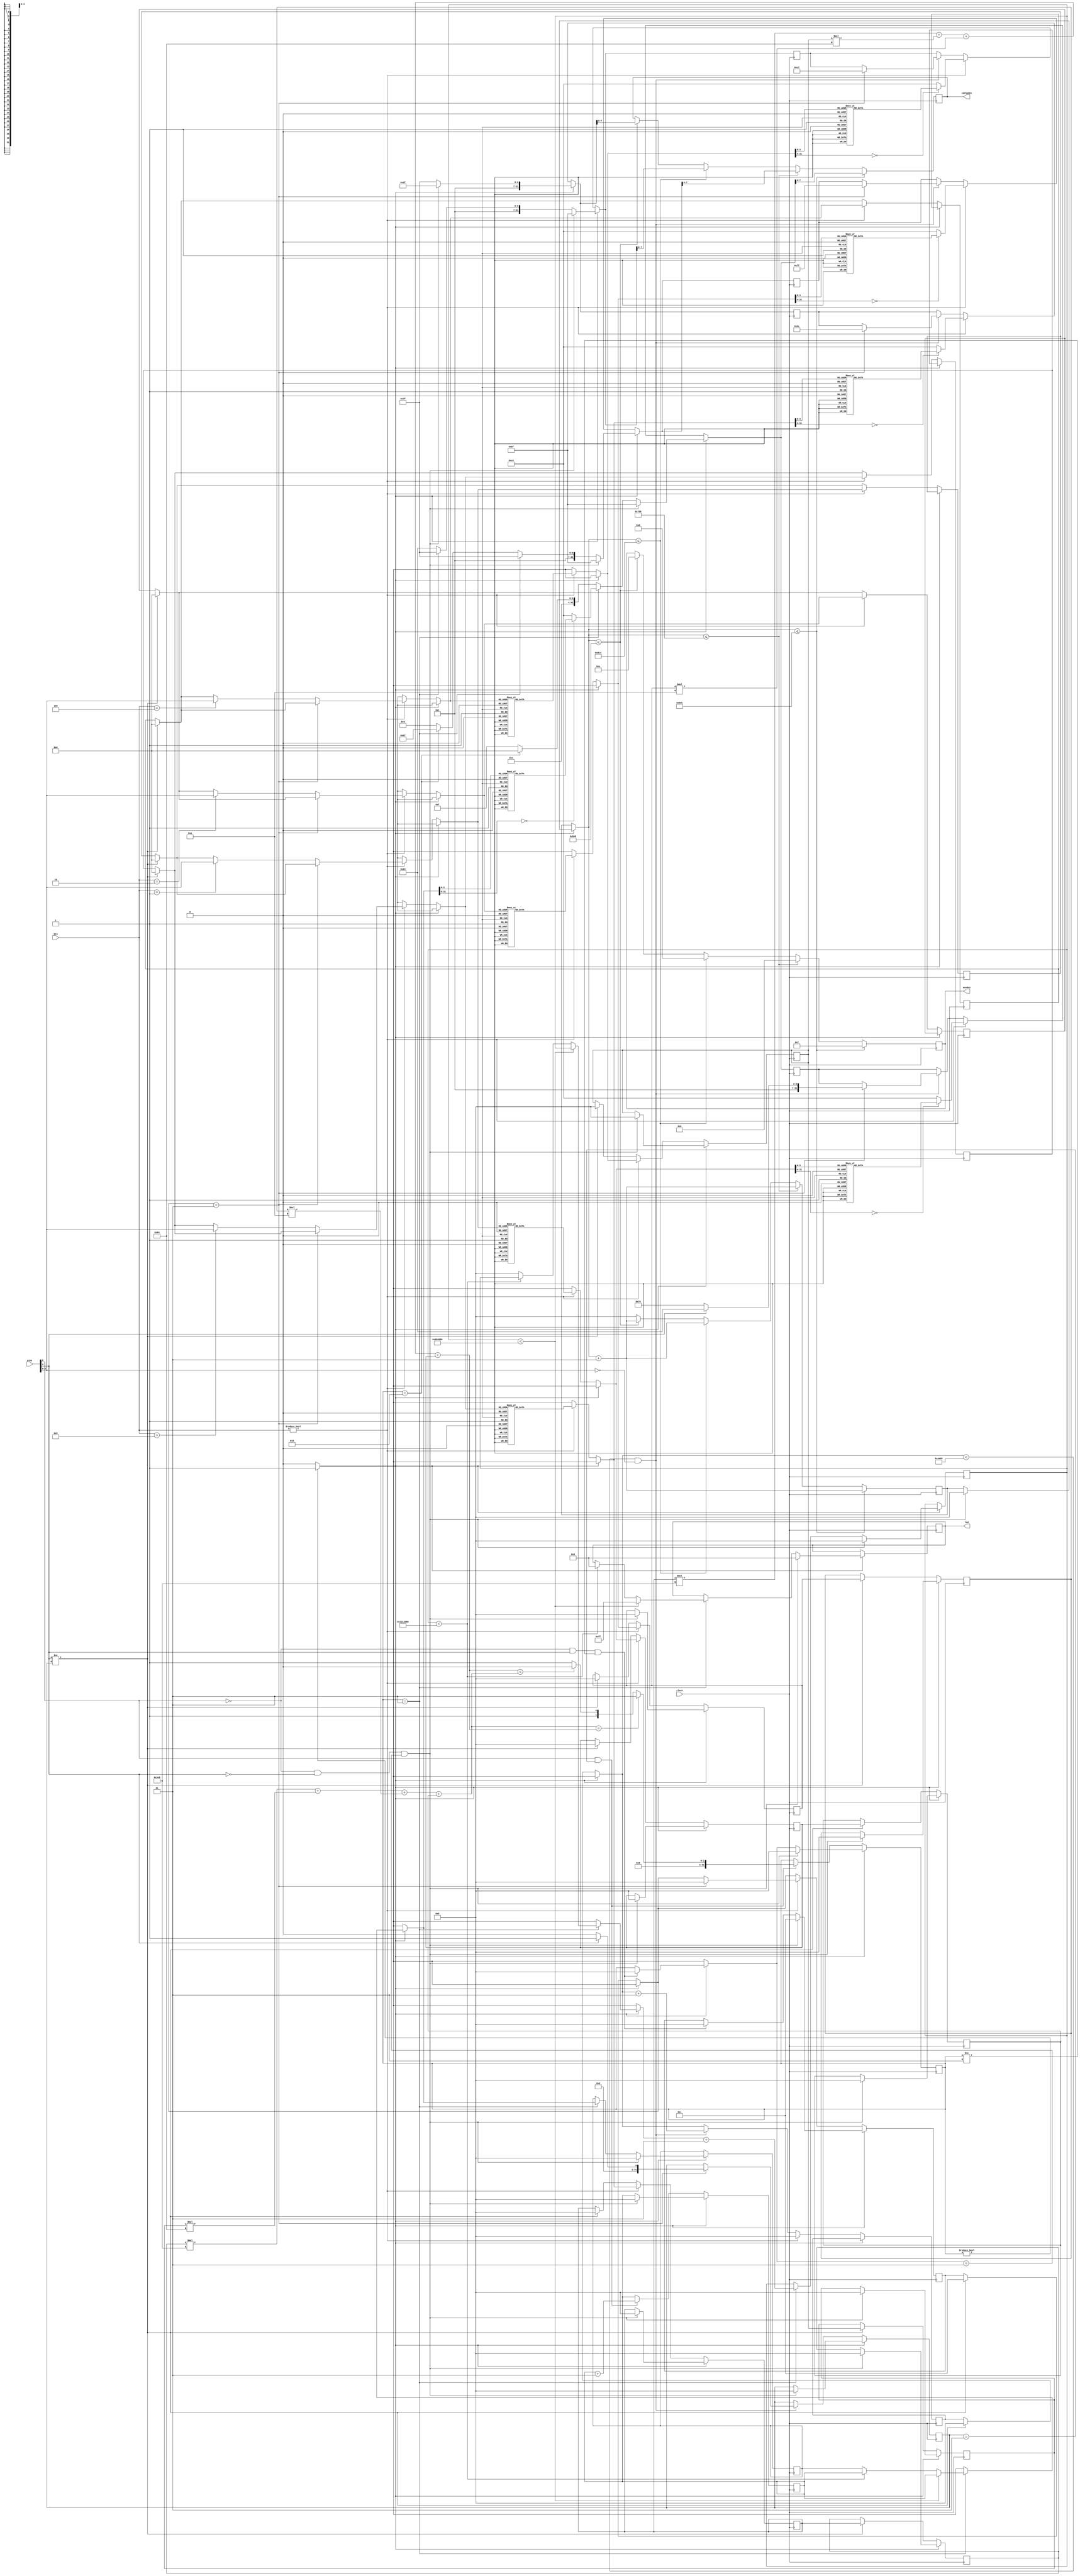
`timescale 1ns / 1ps
//////////////////////////////////////////////////////////////////////////////////
// Company: 	   SUNY Buffalo
// Module Name:    project2
// Project Name:  Guess the Number in Verilog
//////////////////////////////////////////////////////////////////////////////////
module project2(clock, pins, btn, led, cathodes, anodes);
	input  clock;
	input [6:0] pins;
	input [3:0] btn;
   output reg [7:0] led = 8'b00000000;
	output reg [7:0] cathodes;
	output reg [3:0] anodes;
	reg [3:0] sw1;
	reg [3:0] sw2;
	reg [3:0] sw3;
	reg [3:0] sw4;
   integer count = 0;
	integer xvar = 0;
	integer cnt = 0;
	integer contestant = 1'b0;
	integer checkterm = 1'b1;
	integer seg3 = 8'b11111111;
	integer seg2 = 8'b11111111;
	integer seg1 = 8'b11111111;
	integer seg0 = 8'b11111111;
	integer playerone0 = 0;
	integer playerone1 = 0;
	integer playerone2 = 0;
	integer playerone3 = 0;
	integer playertwo0 = 0;
	integer playertwo1 = 0;
	integer playertwo2 = 0;
	integer playertwo3 = 0;
	integer equalcheck = 0;
	integer reset = 0;
	integer tries = 0;
	integer triesflag = 0;
	integer playeroneval;
	integer playertwoval;
		
	always @(posedge clock)
	begin
		if(equalcheck != 0)
		begin
			reset = 1;
		end
		else
		begin
			reset = 0;
		end
		
		if(reset == 1)
		begin
			if(equalcheck == 1)
			begin
				if(xvar < 10000000)
				begin
					led = 8'b11111111;
					triesflag = tries;
				end
				else if(xvar < 20000000)
				begin
					led = 8'b00000000;
					triesflag = tries;
				end
				else
				begin
					xvar = 0;
				end
				xvar = xvar + 1;
				seg3 = 8'b11111111;
				seg2 = 8'b11111111;
				seg1 = 8'b11111111;
	case(triesflag)
		0: seg0 = 8'b11000000;
		1: seg0 = 8'b11111001;
		2: seg0 = 8'b10100100;
		3: seg0 = 8'b10110000;
		4: seg0 = 8'b10011001;
		5: seg0 = 8'b10010010;
		6: seg0 = 8'b10000010;
		7: seg0 = 8'b11111000;
		8: seg0 = 8'b10000000;
		9: seg0 = 8'b10010000;
	  10: seg0 = 8'b10001000;
	  11: seg0 = 8'b10000011;
	  12: seg0 = 8'b11000110;
	  13: seg0 = 8'b10100001;
	  14: seg0 = 8'b10000110;
	  15: seg0 = 8'b10001110;
	  default: seg0 = 8'b11000000;
	endcase
	end
			else if(equalcheck == 2)
			begin
				seg3 = 8'b11111111;
				seg2 = 8'b10100100;
				seg1 = 8'b11000111;
				seg0 = 8'b11000000;
			end
			else
			begin
				seg3 = 8'b11111111;
				seg2 = 8'b10100100;
				seg1 = 8'b10001001;
				seg0 = 8'b11001111;
			end
			
			if(pins[5] == 0 && pins[4] == 1 && equalcheck != 1)
			begin
				checkterm = 0;
				equalcheck = 0;
			end
			
			if(pins[5] == 0 && pins[4] == 0 && equalcheck == 1)
			begin
				checkterm = 1;
				equalcheck = 0;
				count = 0;
				xvar = 0;
				contestant = 0;
				led = 0;
				tries = 0;
				triesflag = 0;
				seg0 = 8'b10111111;
				seg1 = 8'b10111111;
				seg2 = 8'b10111111;
				seg3 = 8'b10111111;
				playerone0 = 0;
				playerone1 = 0;
				playerone2 = 0;
				playerone3 = 0;
				playertwo0 = 0;
				playertwo1 = 0;
				playertwo2 = 0;
				playertwo3 = 0;
			end
		end
		else   
		begin
			if(pins[5] == 1 && contestant == 1)
			begin
	playeroneval = playerone3*1000+playerone2*100+playerone1*10+playerone0;
	playertwoval = playertwo3*1000+playertwo2*100+playertwo1*10+playertwo0;
	
				if(playeroneval==playertwoval)
				begin
					equalcheck = 1;
					tries = tries + 1;
				end
				else 
				if(playertwoval<playeroneval)
				begin
					equalcheck = 2;
					tries = tries + 1;
				end
				else
				begin
					equalcheck = 3;
					tries = tries + 1;
				end
			end	
			
			if(pins[4] != contestant)
			begin
				playerone0 = playertwo0;
				playerone1 = playertwo1;
				playerone2 = playertwo2;
				playerone3 = playertwo3;
				
				playertwo0 = 0;
				playertwo1 = 0;
				playertwo2 = 0;
				playertwo3 = 0;
				sw1=4'b0000;
				sw2=4'b0000;
				sw3=4'b0000;
				sw4=4'b0000;
				checkterm = 1;
				cnt = 0;
			end
			
			if (cnt < 15000 && pins[3:0] == 0)
			begin
			
			if(checkterm == 1)
			begin
				seg3 = 8'b10001100;
				seg2 = 8'b11000111;
				seg1 = 8'b11111111;
				
				if(pins[4] == 1'b0)
				begin
					contestant = 0;
					seg0 = 8'b11111001;
				end
				else
				begin
					contestant = 1;
					seg0 = 8'b10100100;
					
				end
			 end
				cnt = cnt + 1;
		end
		if(btn != 4'b0000)
			begin
				if(checkterm == 1)
				begin
					checkterm = 0;
					seg0 = 8'b11000000;
					seg1 = 8'b11000000;
					seg2 = 8'b11000000;
					seg3 = 8'b11000000;
				end
				else
				begin		         
				case (btn)
					4'b0001: sw1 = pins[3:0];
					4'b0010: sw2 = pins[3:0];
					4'b0100: sw3 = pins[3:0];
					4'b1000: sw4 = pins[3:0]; 
				endcase
     end						
   case(sw1)
   4'b0000 : playertwo0 = 0; //to display 0
   4'b0001 : playertwo0 = 1; //to display 1
   4'b0010 : playertwo0 = 2; //to display 2
   4'b0011 : playertwo0 = 3; //to display 3
   4'b0100 : playertwo0 = 4; //to display 4
   4'b0101 : playertwo0 = 5; //to display 5
   4'b0110 : playertwo0 = 6; //to display 6
   4'b0111 : playertwo0 = 7; //to display 7
   4'b1000 : playertwo0 = 8; //to display 8
   4'b1001 : playertwo0 = 9; //to display 9
   4'b1010 : playertwo0 = 10; //to display A
   4'b1011 : playertwo0 = 11; //to display B
   4'b1100 : playertwo0 = 12; //to display C
   4'b1101 : playertwo0 = 13; //to display D
   4'b1110 : playertwo0 = 14; //to display E
   4'b1111 : playertwo0 = 15; //to display F
   endcase
				
   case(sw2)
   4'b0000 : playertwo1 = 0; //to display 0
   4'b0001 : playertwo1 = 1; //to display 1
   4'b0010 : playertwo1 = 2; //to display 2
   4'b0011 : playertwo1 = 3; //to display 3
   4'b0100 : playertwo1 = 4; //to display 4
   4'b0101 : playertwo1 = 5; //to display 5
   4'b0110 : playertwo1 = 6; //to display 6
   4'b0111 : playertwo1 = 7; //to display 7
   4'b1000 : playertwo1 = 8; //to display 8
   4'b1001 : playertwo1 = 9; //to display 9
   4'b1010 : playertwo1 = 10; //to display A
   4'b1011 : playertwo1 = 11; //to display B
   4'b1100 : playertwo1 = 12; //to display C
   4'b1101 : playertwo1 = 13; //to display D
   4'b1110 : playertwo1 = 14; //to display E
   4'b1111 : playertwo1 = 15; //to display F
   endcase
				
   case(sw3)
   4'b0000 : playertwo2 = 0; //to display 0
   4'b0001 : playertwo2 = 1; //to display 1
   4'b0010 : playertwo2 = 2; //to display 2
   4'b0011 : playertwo2 = 3; //to display 3
   4'b0100 : playertwo2 = 4; //to display 4
   4'b0101 : playertwo2 = 5; //to display 5
   4'b0110 : playertwo2 = 6; //to display 6
   4'b0111 : playertwo2 = 7; //to display 7
   4'b1000 : playertwo2 = 8; //to display 8
   4'b1001 : playertwo2 = 9; //to display 9
   4'b1010 : playertwo2 = 10; //to display A
   4'b1011 : playertwo2 = 11; //to display B
   4'b1100 : playertwo2 = 12; //to display C
   4'b1101 : playertwo2 = 13; //to display D
   4'b1110 : playertwo2 = 14; //to display E
   4'b1111 : playertwo2 = 15; //to display F
   endcase
				
   case(sw4)
   4'b0000 : playertwo3 = 0; //to display 0
   4'b0001 : playertwo3 = 1; //to display 1
   4'b0010 : playertwo3 = 2; //to display 2
   4'b0011 : playertwo3 = 3; //to display 3
   4'b0100 : playertwo3 = 4; //to display 4
   4'b0101 : playertwo3 = 5; //to display 5
   4'b0110 : playertwo3 = 6; //to display 6
   4'b0111 : playertwo3 = 7; //to display 7
   4'b1000 : playertwo3 = 8; //to display 8
   4'b1001 : playertwo3 = 9; //to display 9
   4'b1010 : playertwo3 = 10; //to display A
   4'b1011 : playertwo3 = 11; //to display B
   4'b1100 : playertwo3 = 12; //to display C
   4'b1101 : playertwo3 = 13; //to display D
   4'b1110 : playertwo3 = 14; //to display E
   4'b1111 : playertwo3 = 15; //to display F
   endcase
						
	case(playertwo0)
	0: seg0 = 8'b11000000;
	1: seg0 = 8'b11111001;
	2: seg0 = 8'b10100100;
	3: seg0 = 8'b10110000;
	4: seg0 = 8'b10011001;
	5: seg0 = 8'b10010010;
	6: seg0 = 8'b10000010;
	7: seg0 = 8'b11111000;
	8: seg0 = 8'b10000000;
	9: seg0 = 8'b10010000;
	10: seg0 = 8'b10001000;
	11: seg0 = 8'b10000011;
	12: seg0 = 8'b11000110;
	13: seg0 = 8'b10100001;
	14: seg0 = 8'b10000110;
	15: seg0 = 8'b10001110;
	default: seg0 = 8'b11000000;
	endcase
	
	case(playertwo1)
	0: seg1 = 8'b11000000;
	1: seg1 = 8'b11111001;
	2: seg1 = 8'b10100100;
	3: seg1 = 8'b10110000;
	4: seg1 = 8'b10011001;
	5: seg1 = 8'b10010010;
	6: seg1 = 8'b10000010;
	7: seg1 = 8'b11111000;
	8: seg1 = 8'b10000000;
	9: seg1 = 8'b10010000;
	10: seg1 = 8'b10001000;
	11: seg1 = 8'b10000011;
	12: seg1 = 8'b11000110;
	13: seg1 = 8'b10100001;
	14: seg1 = 8'b10000110;
	15: seg1 = 8'b10001110;
	default: seg1 = 8'b11000000;
	endcase
	
	case(playertwo2)
	0: seg2 = 8'b11000000;
	1: seg2 = 8'b11111001;
	2: seg2 = 8'b10100100;
	3: seg2 = 8'b10110000;
	4: seg2 = 8'b10011001;
	5: seg2 = 8'b10010010;
	6: seg2 = 8'b10000010;
	7: seg2 = 8'b11111000;
	8: seg2 = 8'b10000000;
	9: seg2 = 8'b10010000;
	10: seg2 = 8'b10001000;
	11: seg2 = 8'b10000011;
	12: seg2 = 8'b11000110;
	13: seg2 = 8'b10100001;
	14: seg2 = 8'b10000110;
	15: seg2 = 8'b10001110;
	default: seg2 = 8'b11000000;
	endcase
	
	case(playertwo3)
	0: seg3 = 8'b11000000;
	1: seg3 = 8'b11111001;
	2: seg3 = 8'b10100100;
	3: seg3 = 8'b10110000;
	4: seg3 = 8'b10011001;
	5: seg3 = 8'b10010010;
	6: seg3 = 8'b10000010;
	7: seg3 = 8'b11111000;
	8: seg3 = 8'b10000000;
	9: seg3 = 8'b10010000;
	10: seg3 = 8'b10001000;
	11: seg3 = 8'b10000011;
	12: seg3 = 8'b11000110;
	13: seg3 = 8'b10100001;
	14: seg3 = 8'b10000110;
	15: seg3 = 8'b10001110;
	default: seg3 = 8'b11000000;
	endcase
	cnt = 0;
	end	
	end
						
	if(count <= 1500)
	begin
		anodes = 4'b0111;
		cathodes = seg0;
		count = count + 1;
	end
	else if(count <= 2000)
	begin
		anodes = 4'b1011;
		cathodes = seg1;
		count = count + 1;
	end
	else if(count <= 2500)
	begin
		anodes = 4'b1101;
		cathodes = seg2;
		count = count + 1;
	end
	else if(count <= 3000)
	begin
		anodes = 4'b1110;
		cathodes = seg3;
		count = count + 1;
	end
	else
	begin
		count = 0;
	end
end
endmodule